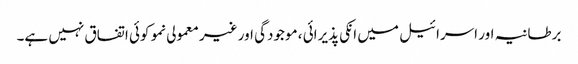
برطانیہ اور اسرائیل میں انکی پذیرائی ، موجودگی اور غیر معمولی نمو کوئی اتفاق نہیں ہے۔